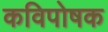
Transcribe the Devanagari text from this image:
कविपोषक